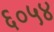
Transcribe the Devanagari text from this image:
६०५४